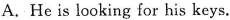
A.He is looking for his keys.